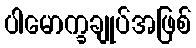
ပါမောက္ခချုပ်အဖြစ်